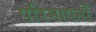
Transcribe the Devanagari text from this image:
परिमापनों